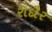
રાદૌર